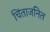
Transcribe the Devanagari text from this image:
चिंताजनित